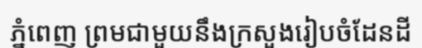
ភ្នំពេញ ព្រមជាមួយនឹងក្រសួងរៀបចំដែនដី